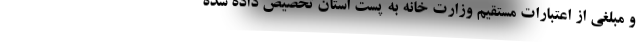
و مبلغی از اعتبارات مستقیم وزارت خانه به پست استان تخصیص داده شده